Leaving Certificate Examination (including Day School Certificate (Higher) General paper), 1930
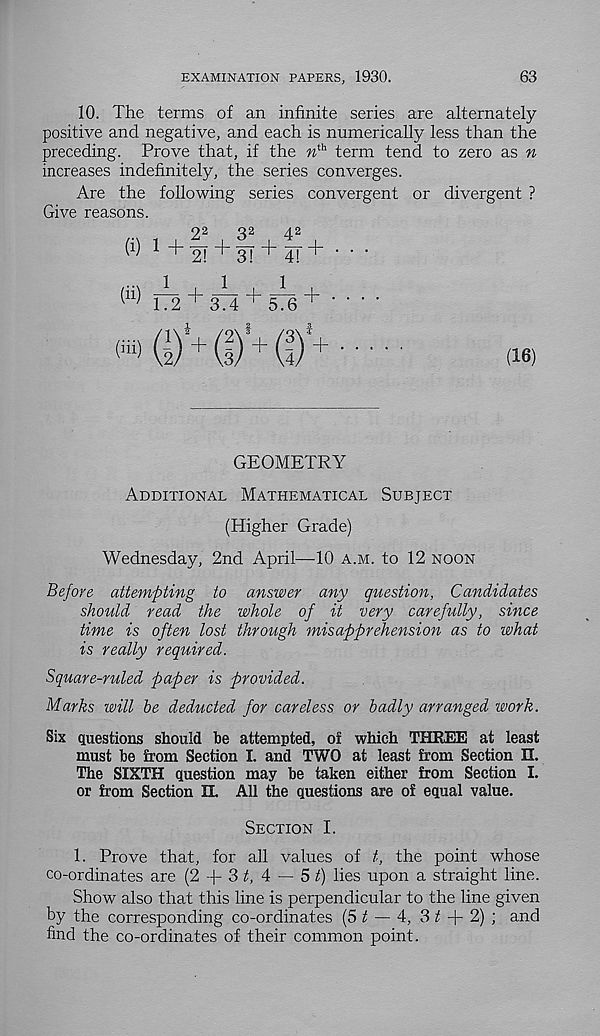
EXAMINATION PAPERS, 1930.
63
10. The terms of an infinite series are alternately
positive and negative, and each is numerically less than the
preceding. Prove that, if the » th term tend to zero as n
increases indefinitely, the series converges.
Are the following series convergent or divergent ?
Give reasons.
(16)
GEOMETRY
Additional Mathematical Subject
(Higher Grade)
Wednesday, 2nd April—-10 a.m. to 12 noon
Before attempting to answer any question, Candidates
should read the whole of it very carefully, since
time is often lost through misapprehension as to what
is really required.
Square-ruled paper is provided.
Marks will he deducted for careless or hadly arranged work.
Six questions should be attempted, of which THREE at least
must be from Section I. and TWO at least from Section EL
The SIXTH question may be taken either from Section I.
or from Section II. All the questions are of equal value.
Section I.
1. Prove that, for all values of t, the point whose
co-ordinates are (2
3 t, A — 5 t) lies upon a straight line.
Show also that this line is perpendicular to the line given
by the corresponding co-ordinates (5^ — 4, 3 zi + 2) ; and
find the co-ordinates of their common point.